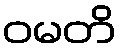
ဝမတိ